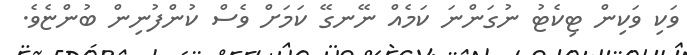
ވަކި ވަކިން ޓިކެޓު ނުގަންނަ ކަމެއް ނޭނގޭ ކަމަށް ވެސް ކުންފުނިން ބުންޏެވެ.